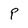
Character: P